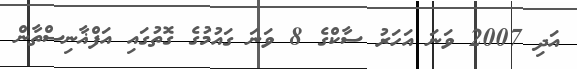
އަދި 2007 ވަނަ އަހަރު ސާކްގެ 8 ވަނަ ގައުމުގެ ގޮތުގައި އަފްޣާނިސްތާން